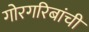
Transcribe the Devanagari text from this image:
गोरगरिबांची